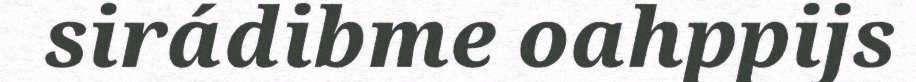
sirádibme oahppijs